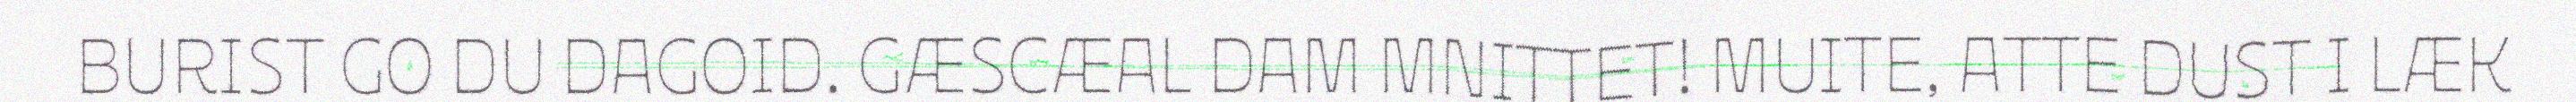
BURIST GO DU DAGOID. GÆSCÆAL DAM MNITTET! MUITE, ATTE DUST I LÆK